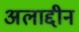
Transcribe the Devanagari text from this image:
अलाद्दीन